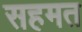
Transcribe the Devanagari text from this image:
सहमत